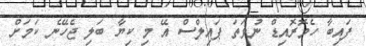
ފައިބާ ހެމޮރޮއިޑް ނުވަތަ ޕައިލްސް އޭ މި ކިޔާ ބަލި ޖެހޭނެ ކަމަށް